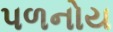
પળનોય